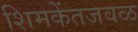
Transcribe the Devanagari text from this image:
शिमकेंतजवळ